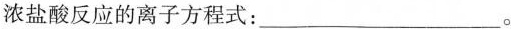
浓盐酸反应的离子方程式：___。